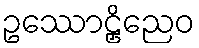
ဥဿောဠှိညေဝ